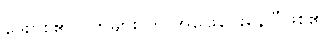
ဒေးဗစ်၏လက်များ က အဖြေပေးနေပြီဖြစ်၏။